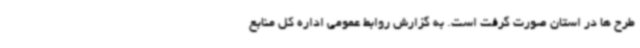
طرح ها در استان صورت گرفت است. به گزارش روابط عمومی اداره کل منابع